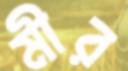
মীর